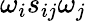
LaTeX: \omega_{i}s_{ij}\omega_{j}